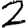
Digit: 2